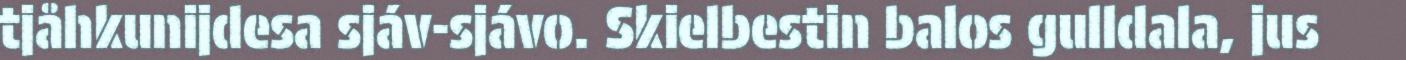
tjåhkunijdesa sjáv-sjávo. Skielbestin balos gulldala, jus